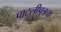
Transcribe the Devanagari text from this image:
पाटलीपुत्रचा